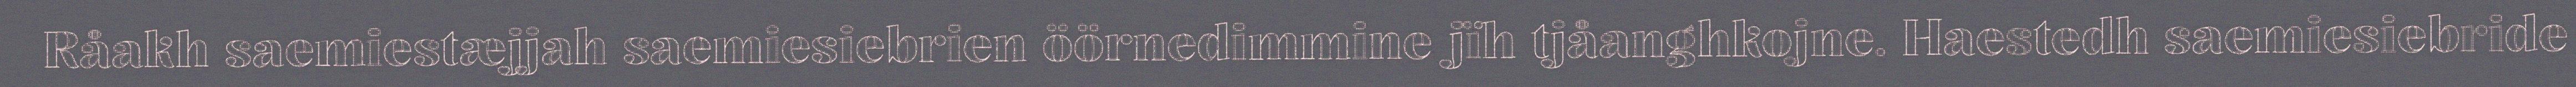
Råakh saemiestæjjah saemiesiebrien öörnedimmine jïh tjåanghkojne. Haestedh saemiesiebride